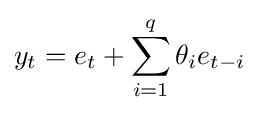
y_{t}=e_{t}+\sum _{i=1}^{q}\theta _{i}e_{t-i}